Black-water fever - Number 35
Disease focus: Fever
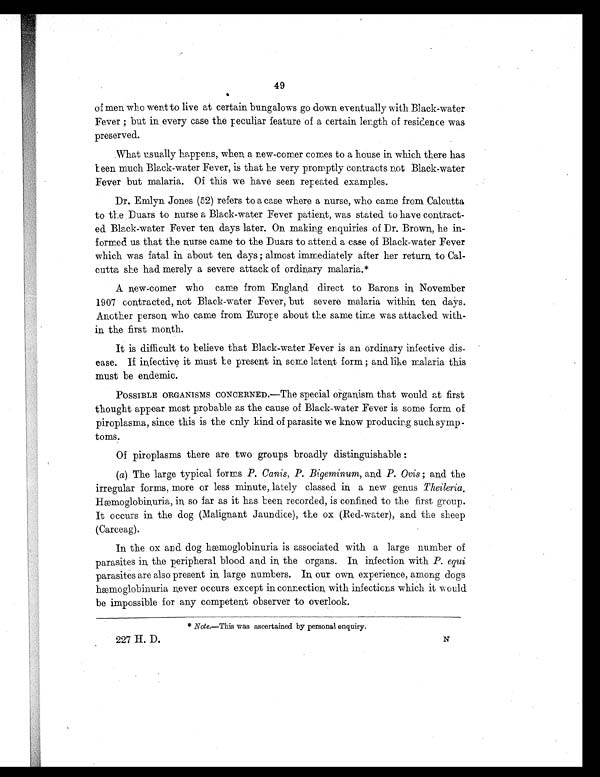
49
of men who went to live at certain bungalows go down eventually with Black-water
Fever ; but in every case the peculiar feature of a certain length of residence was
preserved.
What usually happens, when a new-corner comes to a house in which there has
been much Black-water Fever, is that he very promptly contracts not Black-water
Fever but malaria. Of this we have seen repeated examples.
Dr. Emlyn Jones (52) refers to a case where a nurse, who came from Calcutta
to the Duars to nurse a Black-water Fever patient, was stated to have contract-
ed Black-water Fever ten days later. On making enquiries of Dr. Brown, he in
- f o r m e d u s t h a t t h e n u r s e c a m e t o t h e D u a r s t o a t t e n d a c a s e o f B l a c k - w a t e r F e v e r
which was fatal in about ten days ; almost immediately after her return to Cal
-cutta she had merely a severe attack of ordinary malaria.*
A new-comer who came from England direct to Barons in November
1907 contracted, not Black-water Fever, but severe malaria within ten days.
Another person who came from Europe about the same time was attacked with
- i n t h e f i r s t m o n t h .
It is difficult to believe that Black-water Fever is an ordinary infective dis-
ease. If infective it must be present in some latent form ; and like malaria this
must be endemic.
POSSIBLE ORGANISMS CONCERNED.—The special organism that would at first
thought appear most probable as the cause of Black-water Fever is some form of
piroplasma, since this is the only kind of parasite we know producing such symp
- t o m s .
Of piroplasms there are two groups broadly distinguishable :
(a ) The large typical forms P. Canis, P. Bigeminum, and P. Ovis ; and the
irregular forms, more or less minute, lately classed in a new genus Theileria.
Hæmoglobinuria, in so far as it has been recorded, is confined to the first group.
It occurs in the dog (Malignant Jaundice), the ox (Red-water), and the sheep
(Carceag).
I n t h e o x a n d d o g h æmo g l o b i n u r i a i s a s s o c i a t e d wi t h a l a r g e n u mb e r o f
parasites in the peripheral blood and in, the organs. In, infection with P . e q u i
parasites are also present in, large numbers. In our own experience, among dogs
h æ m o g l o b i n u r i a n e v e r o c c u r s e x c e p t i n c o n n e c t i o n w i t h i n f e c t i o n s w h i c h i t w o u l d
be impossible for any competent observer to overlook.
* Note.—Thi s was ascertai ned by personal enqui ry.
227 H. D. N